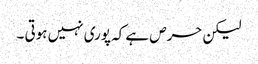
لیکن حرص ہے کہ پوری نہیں ہوتی ۔